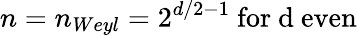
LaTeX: n=n_{Weyl}=2^{d/2-1}\mathrm{~for~d~even}